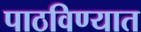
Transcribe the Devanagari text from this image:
पाठविण्‍यात